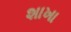
શાખા